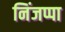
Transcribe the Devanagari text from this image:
निंजप्पा